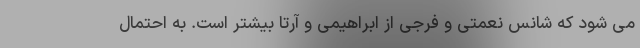
می شود که شانس نعمتی و فرجی از ابراهیمی و آرتا بیشتر است. به احتمال